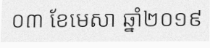
០៣ ខែមេសា ឆ្នាំ២០១៩